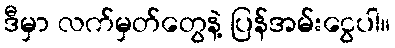
ဒီမှာ လက်မှတ်တွေနဲ့ ပြန်အမ်းငွေပါ။